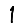
Digit: 1